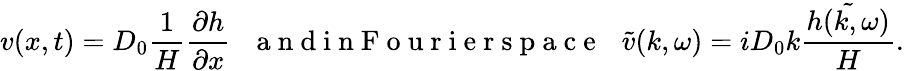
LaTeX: v(x,t)=D_{0}\frac{1}{H}\frac{\partial h}{\partial x}\, \, \, \, \mathrm{~a~n~d~i~n~F~o~u~r~i~e~r~s~p~a~c~e~}\, \, \, \, \tilde{v}(k,\omega)=iD_{0}k\frac{\tilde{h(k,\omega)}}{H}.